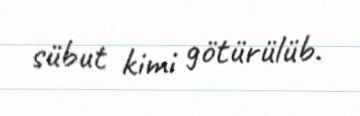
sübut kimi götürülüb.